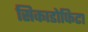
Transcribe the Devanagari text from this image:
सिकाडोफिटा